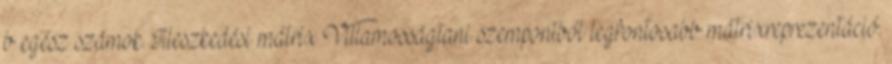
b egész számok. Illeszkedési mátrix Villamosságtani szempontból legfontosabb mátrixreprezentáció.